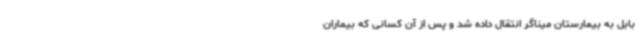
بابل به بیمارستان میناگر انتقال داده شد و پس از آن کسانی که بیماران